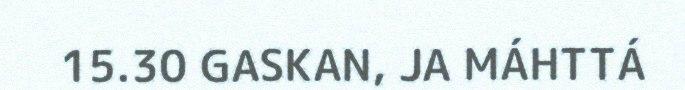
15.30 GASKAN, JA MÁHTTÁ